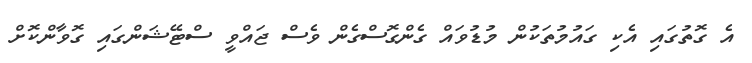
އެ ގޮތުގައި އެކި ގައުމުތަކުން މުޑުވައް ގެންގޮސްގެން ވެސް ޖައްވީ ސްޓޭޝަންގައި ގޮވާންކޮށް